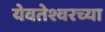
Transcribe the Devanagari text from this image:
येवतेश्वरच्या